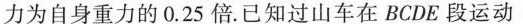
力为自身重力的0.25倍。已知过山车在BCDE段运动